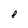
Character: e